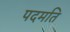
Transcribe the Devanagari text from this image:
पदमति